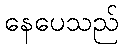
နေပေသည်